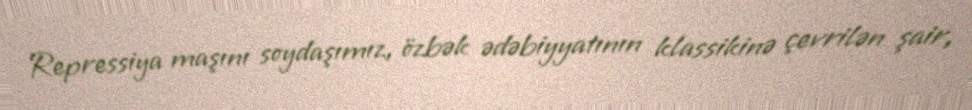
Repressiya maşını soydaşımız, özbək ədəbiyyatının klassikinə çevrilən şair,